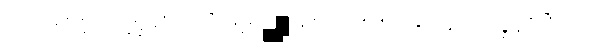
脇佯耶英浄挽彜·各昨筭失麥圯邪圮